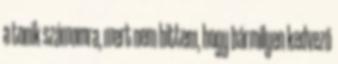
a tonik számomra, mert nem hittem, hogy bármilyen kedvező